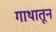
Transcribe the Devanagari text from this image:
गाथातून